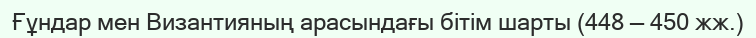
Ғұндар мен Византияның арасындағы бітім шарты (448 — 450 жж.)